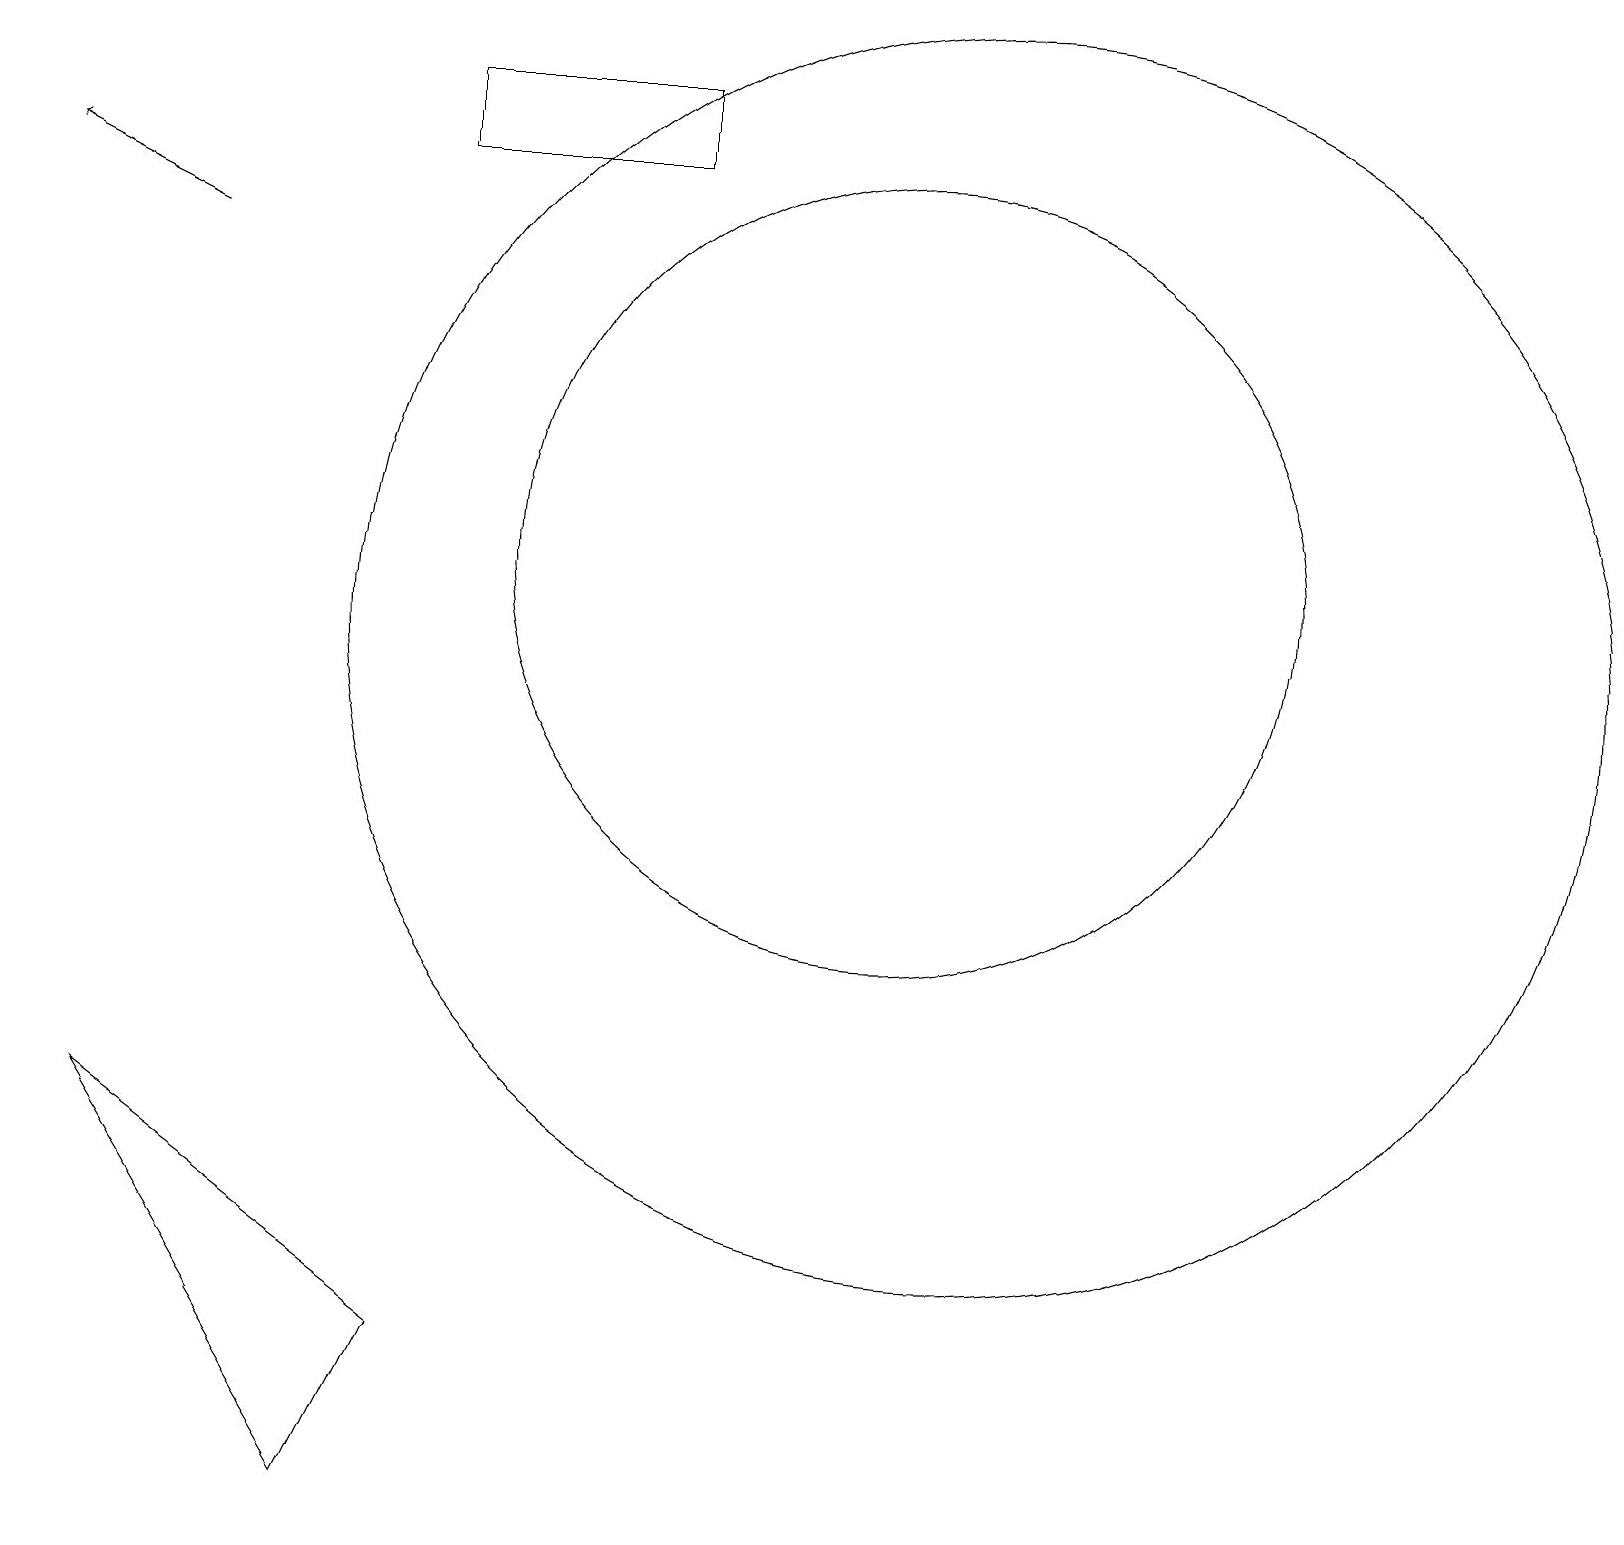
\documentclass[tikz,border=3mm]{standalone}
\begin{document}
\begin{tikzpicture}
\draw (8,18) rectangle (5,17);
\draw[->] (2,16) -- (0,17);
\draw (11,12) circle (5);
\draw (5,2) -- (4,0) -- (1,5) -- cycle;
\draw (12,11) circle (8);
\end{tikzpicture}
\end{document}